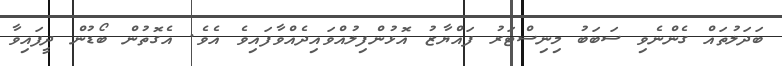
ބަދަލުތައް ގެންނެވި ސަބަބު މިނިސްޓަރު ފައްޔާޒު އޮޅުންފިލުއްވައިދެއްވާފައިވެ އެވެ. އެގޮތުން ބޯޑުން ދީފައިވާ